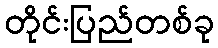
တိုင်းပြည်တစ်ခု